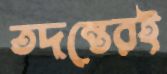
তদন্তেরই